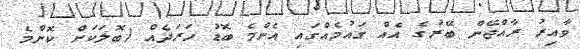
ވާއިރު ރާއްޖޭން ބޭރުގެ އެއް ގައުމެއްގައި އެންމެ ބޮޑު ހަރަދެއް (ބޮލަކަށް ކޮންމެ